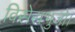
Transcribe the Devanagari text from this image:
विसेसभुजो।